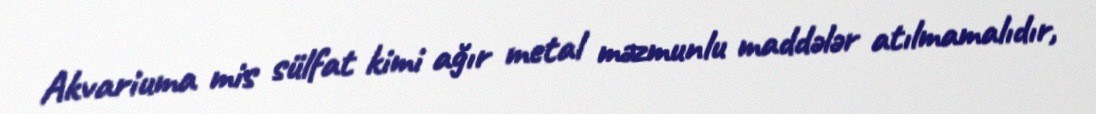
Akvariuma mis sülfat kimi ağır metal məzmunlu maddələr atılmamalıdır,